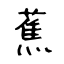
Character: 蕉